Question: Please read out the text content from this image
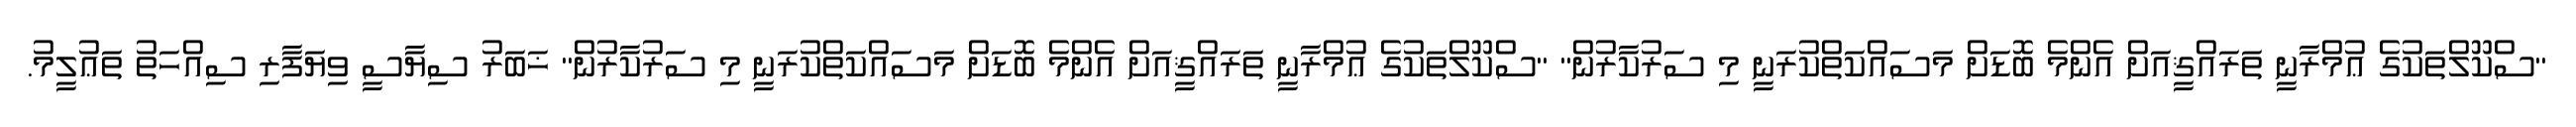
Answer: "ސްކޫލްތަކުގެ ޢުމްރާނީ ތަރައްޤީއަށް އެންމެ ބޮޑަށް މަސައްކަތްކުރަނީ މި ސަރުކާރުން" "ސްކޫލްތަކުގެ ޢުމްރާނީ ތަރައްޤީއަށް އެންމެ ބޮޑަށް މަސައްކަތްކުރަނީ މި ސަރުކާރުން" ޚަބަރު ސިޔާސީ ވިޔަފާރި ސިއްހަތު ތަޢުލީމު.